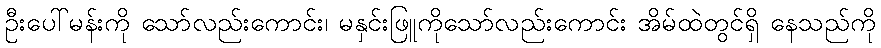
ဦးပေါ်မန်းကို သော်လည်းကောင်း၊ မနှင်းဖြူကိုသော်လည်းကောင်း အိမ်ထဲတွင်ရှိ နေသည်ကို